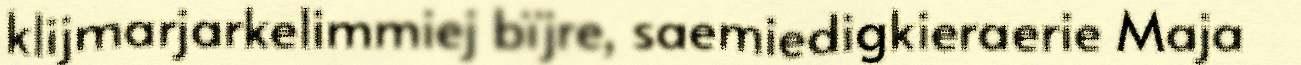
klijmarjarkelimmiej bïjre, saemiedigkieraerie Maja